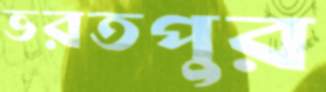
ভরতপুর